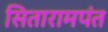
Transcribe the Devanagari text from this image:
सितारामपंत